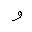
Letter: _waw